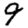
Digit: 9